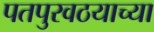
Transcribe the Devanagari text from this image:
पतपुरवठयाच्या